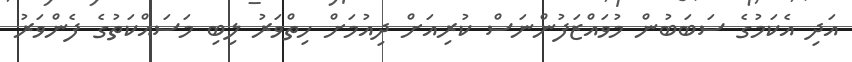
އަދި އެކަމުގެ ސަބަބުން މުވައްޒަފުންނަސް ކުރިއަށް ދިއުމަށް ހިތްވަރު ލިބި މަސައްކަތުގެ ފެންވަރު